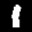
Label: 1